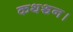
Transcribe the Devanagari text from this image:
कथञ्चन।